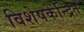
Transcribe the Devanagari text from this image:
विशेषकेन्द्रित